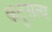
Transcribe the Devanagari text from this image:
कटुसत्य